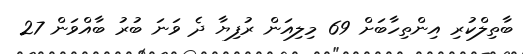
ބާތިލްކުރި އިންތިހާބަށް 69 މިލިއަން ރުފިޔާ ދެ ވަނަ ބުރު ބާއްވަން 27